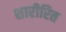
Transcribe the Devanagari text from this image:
शारीरित